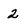
Character: 2